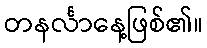
တနင်္လာနေ့ဖြစ်၏။